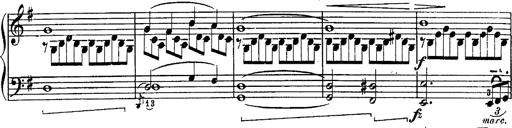
Title: Schubert's Impromptus [revised and edited by Franz Liszt]
Composer: Franz Liszt